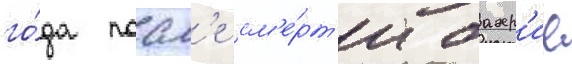
го́да посл'е см'е́рт'и бахр'ие